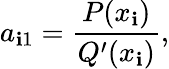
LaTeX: a_{\mathbf{i}1}={\frac{{P(x_{\mathbf{i}})}}{{Q^{\prime}(x_{\mathbf{i}})}}},